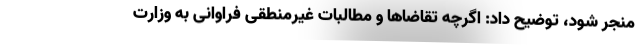
منجر شود، توضیح داد: اگرچه تقاضاها و مطالبات غیرمنطقی فراوانی به وزارت